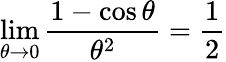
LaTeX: \operatorname*{lim}_{\theta\to 0}{\frac{1-\cos\theta}{\theta^{2}}}={\frac{1}{2}}